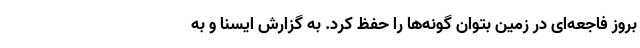
بروز فاجعه‌ای در زمین بتوان گونه‌ها را حفظ کرد. به گزارش ایسنا و به